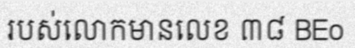
របស់លោកមានលេខ ៣៨ BEo